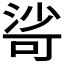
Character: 𣹇